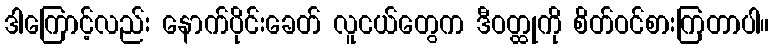
ဒါကြောင့်လည်း နောက်ပိုင်းခေတ် လူငယ်တွေက ဒီဝတ္ထုကို စိတ်ဝင်စားကြတာပါ။